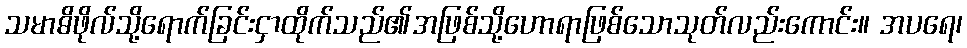
သမာဓိဖိုလ်သို့ရောက်ခြင်းငှာထိုက်သည်၏အဖြစ်သို့ဟောရာဖြစ်သောသုတ်လည်းကောင်း။ အပရေ၊